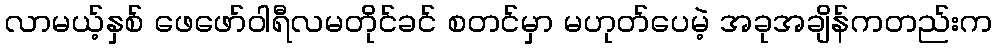
လာမယ့်နှစ် ဖေဖော်ဝါရီလမတိုင်ခင် စတင်မှာ မဟုတ်ပေမဲ့ အခုအချိန်ကတည်းက